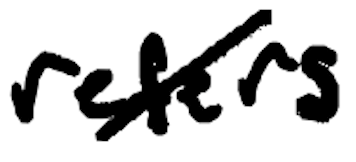
Text: refers
Cross-out: diagonal
Writing tool: digital_black